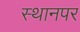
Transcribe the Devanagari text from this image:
स्‍थानपर